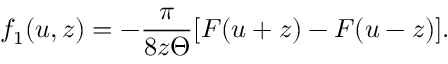
f _ { 1 } ( u , z ) = - \frac { \pi } { 8 z \Theta } [ F ( u + z ) - F ( u - z ) ] .